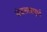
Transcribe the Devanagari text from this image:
चंचलतापूर्ण